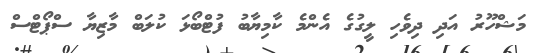
މަޝްހޫރު އަދި ދިވެހި ލީގުގެ އެންމެ ކާމިޔާބު ފުޓްބޯޅަ ކުލަބް މާޒިޔާ ސްޕޯޓްސް